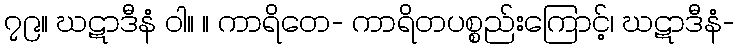
၇၉။ ဃဋာဒီနံ ဝါ။ ။ ကာရိတေ- ကာရိတပစ္စည်းကြောင့်၊ ဃဋာဒီနံ-